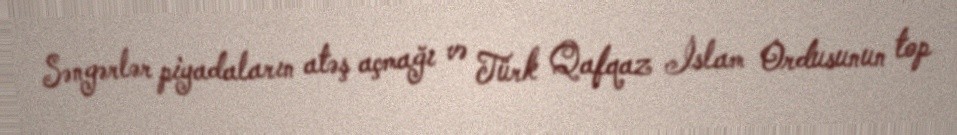
Səngərlər piyadaların atəş açmağı və Türk Qafqaz İslam Ordusunun top